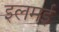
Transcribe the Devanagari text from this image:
इलमई